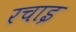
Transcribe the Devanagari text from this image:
रचाइ